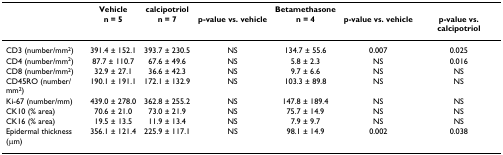
<table><thead><tr><td></td><td><b>Vehicle</b></td><td><b>calcipotriol</b></td><td></td><td><b>Betamethasone</b></td><td></td><td></td></tr><tr><td></td><td><b>n = 5</b></td><td><b>n = 7</b></td><td><b>p-value vs. vehicle</b></td><td><b>n = 4</b></td><td><b>p-value vs. vehicle</b></td><td><b>p-value vs. calcipotriol</b></td></tr></thead><tbody><tr><td>CD3 (number/mm<sup>2</sup>)</td><td>391.4 ± 152.1</td><td>393.7 ± 230.5</td><td>NS</td><td>134.7 ± 55.6</td><td>0.007</td><td>0.025</td></tr><tr><td>CD4 (number/mm<sup>2</sup>)</td><td>87.7 ± 110.7</td><td>67.6 ± 49.6</td><td>NS</td><td>5.8 ± 2.3</td><td>NS</td><td>0.016</td></tr><tr><td>CD8 (number/mm<sup>2</sup>)</td><td>32.9 ± 27.1</td><td>36.6 ± 42.3</td><td>NS</td><td>9.7 ± 6.6</td><td>NS</td><td>NS</td></tr><tr><td>CD45RO (number/mm<sup>2</sup>)</td><td>190.1 ± 191.1</td><td>172.1 ± 132.9</td><td>NS</td><td>103.3 ± 89.8</td><td>NS</td><td>NS</td></tr><tr><td>Ki-67 (number/mm)</td><td>439.0 ± 278.0</td><td>362.8 ± 255.2</td><td>NS</td><td>147.8 ± 189.4</td><td>NS</td><td>NS</td></tr><tr><td>CK10 (% area)</td><td>70.6 ± 21.0</td><td>73.0 ± 21.9</td><td>NS</td><td>75.7 ± 14.9</td><td>NS</td><td>NS</td></tr><tr><td>CK16 (% area)</td><td>19.5 ± 13.5</td><td>11.9 ± 13.4</td><td>NS</td><td>7.9 ± 9.7</td><td>NS</td><td>NS</td></tr><tr><td>Epidermal thickness (μm)</td><td>356.1 ± 121.4</td><td>225.9 ± 117.1</td><td>NS</td><td>98.1 ± 14.9</td><td>0.002</td><td>0.038</td></tr></tbody></table>